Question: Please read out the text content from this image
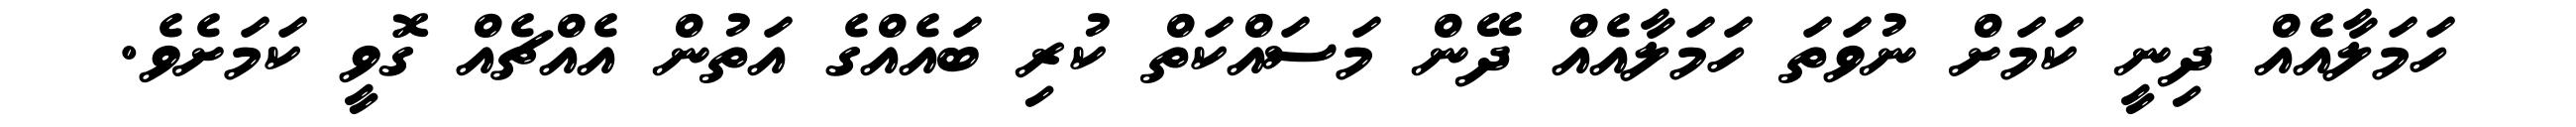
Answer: ހަމަލާއެއް ދިނީ ކަމަށް ނުވަތަ ހަމަލާއެއް ދޭން މަސައްކަތް ކުރި ބައެއްގެ އަތުން އެއްޗެއް ގޮވީ ކަމަށެވެ.